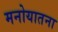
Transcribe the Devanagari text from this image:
मनोयातना